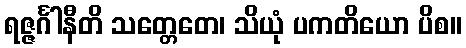
ရဇ္ဇင်္ဂါနီတိ သတ္တေတေ၊ သိယုံ ပကတိယော ပိစ။